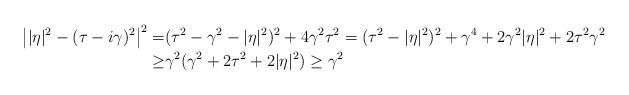
LaTeX: \begin{align*} \left||\eta|^2 -(\tau-i\gamma)^2\right|^2 =& (\tau^2-\gamma^2-|\eta|^2)^2 + 4\gamma^2\tau^2 = (\tau^2 - |\eta|^2)^2 +\gamma^4 + 2\gamma^2|\eta|^2 + 2\tau^2 \gamma^2 \\ \ge & \gamma^2(\gamma^2 + 2\tau^2 + 2|\eta|^2) \ge \gamma^2 \end{align*}